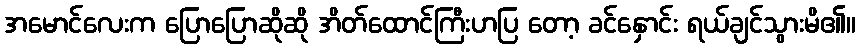
အမောင်လေးက ပြောပြောဆိုဆို အိတ်ထောင်ကြီးဟပြ တော့ ခင်နှောင်း ရယ်ချင်သွားမိ၏။